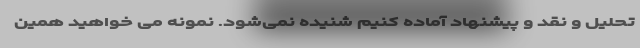
تحلیل و نقد و پیشنهاد آماده کنیم شنیده نمی‌شود. نمونه می خواهید همین